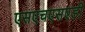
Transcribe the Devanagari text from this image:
एसएचएसएडी